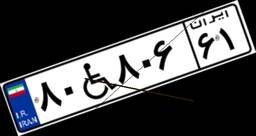
۸۰W۸۰۶۶۱